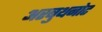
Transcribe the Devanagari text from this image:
अरबुथनोट